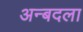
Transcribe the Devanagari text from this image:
अन्बदला